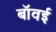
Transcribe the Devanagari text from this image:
बॉवई